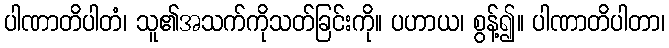
ပါဏာတိပါတံ၊ သူ၏အသက်ကိုသတ်ခြင်းကို။ ပဟာယ၊ စွန့်၍။ ပါဏာတိပါတာ၊